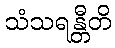
သံသရန္တီတိ